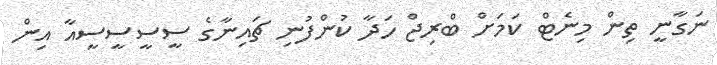
ނަގާނީ ތިން މިނެޓް ކަމަށް ބްރިޖް ހަދާ ކުންފުނި ޗައިނާގެ ސީސީސީސީއާ އިން